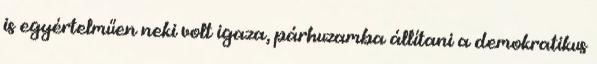
is egyértelműen neki volt igaza, párhuzamba állítani a demokratikus